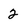
Character: 2